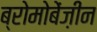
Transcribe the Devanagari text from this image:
ब्रोमोबेंज़ीन